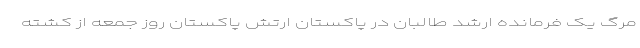
مرگ یک فرمانده ارشد طالبان در پاکستان ارتش پاکستان روز جمعه از کشته